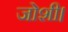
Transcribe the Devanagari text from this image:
जोशी।